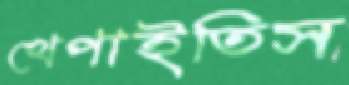
খেপাইতিস